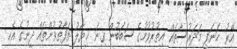
އޭރު ޙަނަފީ މަދަރުސާތައް އިތުރުވުމުގެ ސަބަބުން ގިނަ ޚިޔާލު ތަފާތުވުންތައް ދީނުގެ އެކި